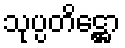
သုပ္ပတိဋ္ဌော